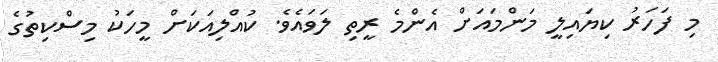
މި ފަހަރު ކިޔައިލީ މަންމައަށް އެންމެ ރީތި ލަވައެވެ. ކުއްލިއަކަށް މީހަކު މިސްކިތުގެ